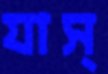
যাস্